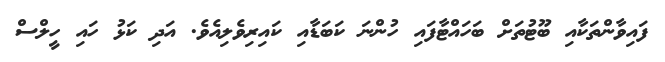
ފައިވާންތަކާއި ބޫޓުތަށް ބަހައްޓާފައި ހުންނަ ކަބަޑާއި ކައިރިވެލިއެވެ. އަދި ކަޅު ހައި ހީލްސް